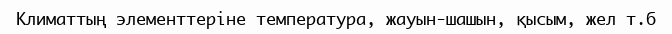
Климаттың элементтеріне температура, жауын-шашын, қысым, жел т.б